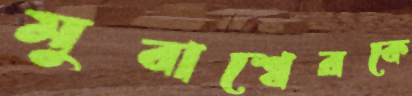
মুবাশ্বেরকে